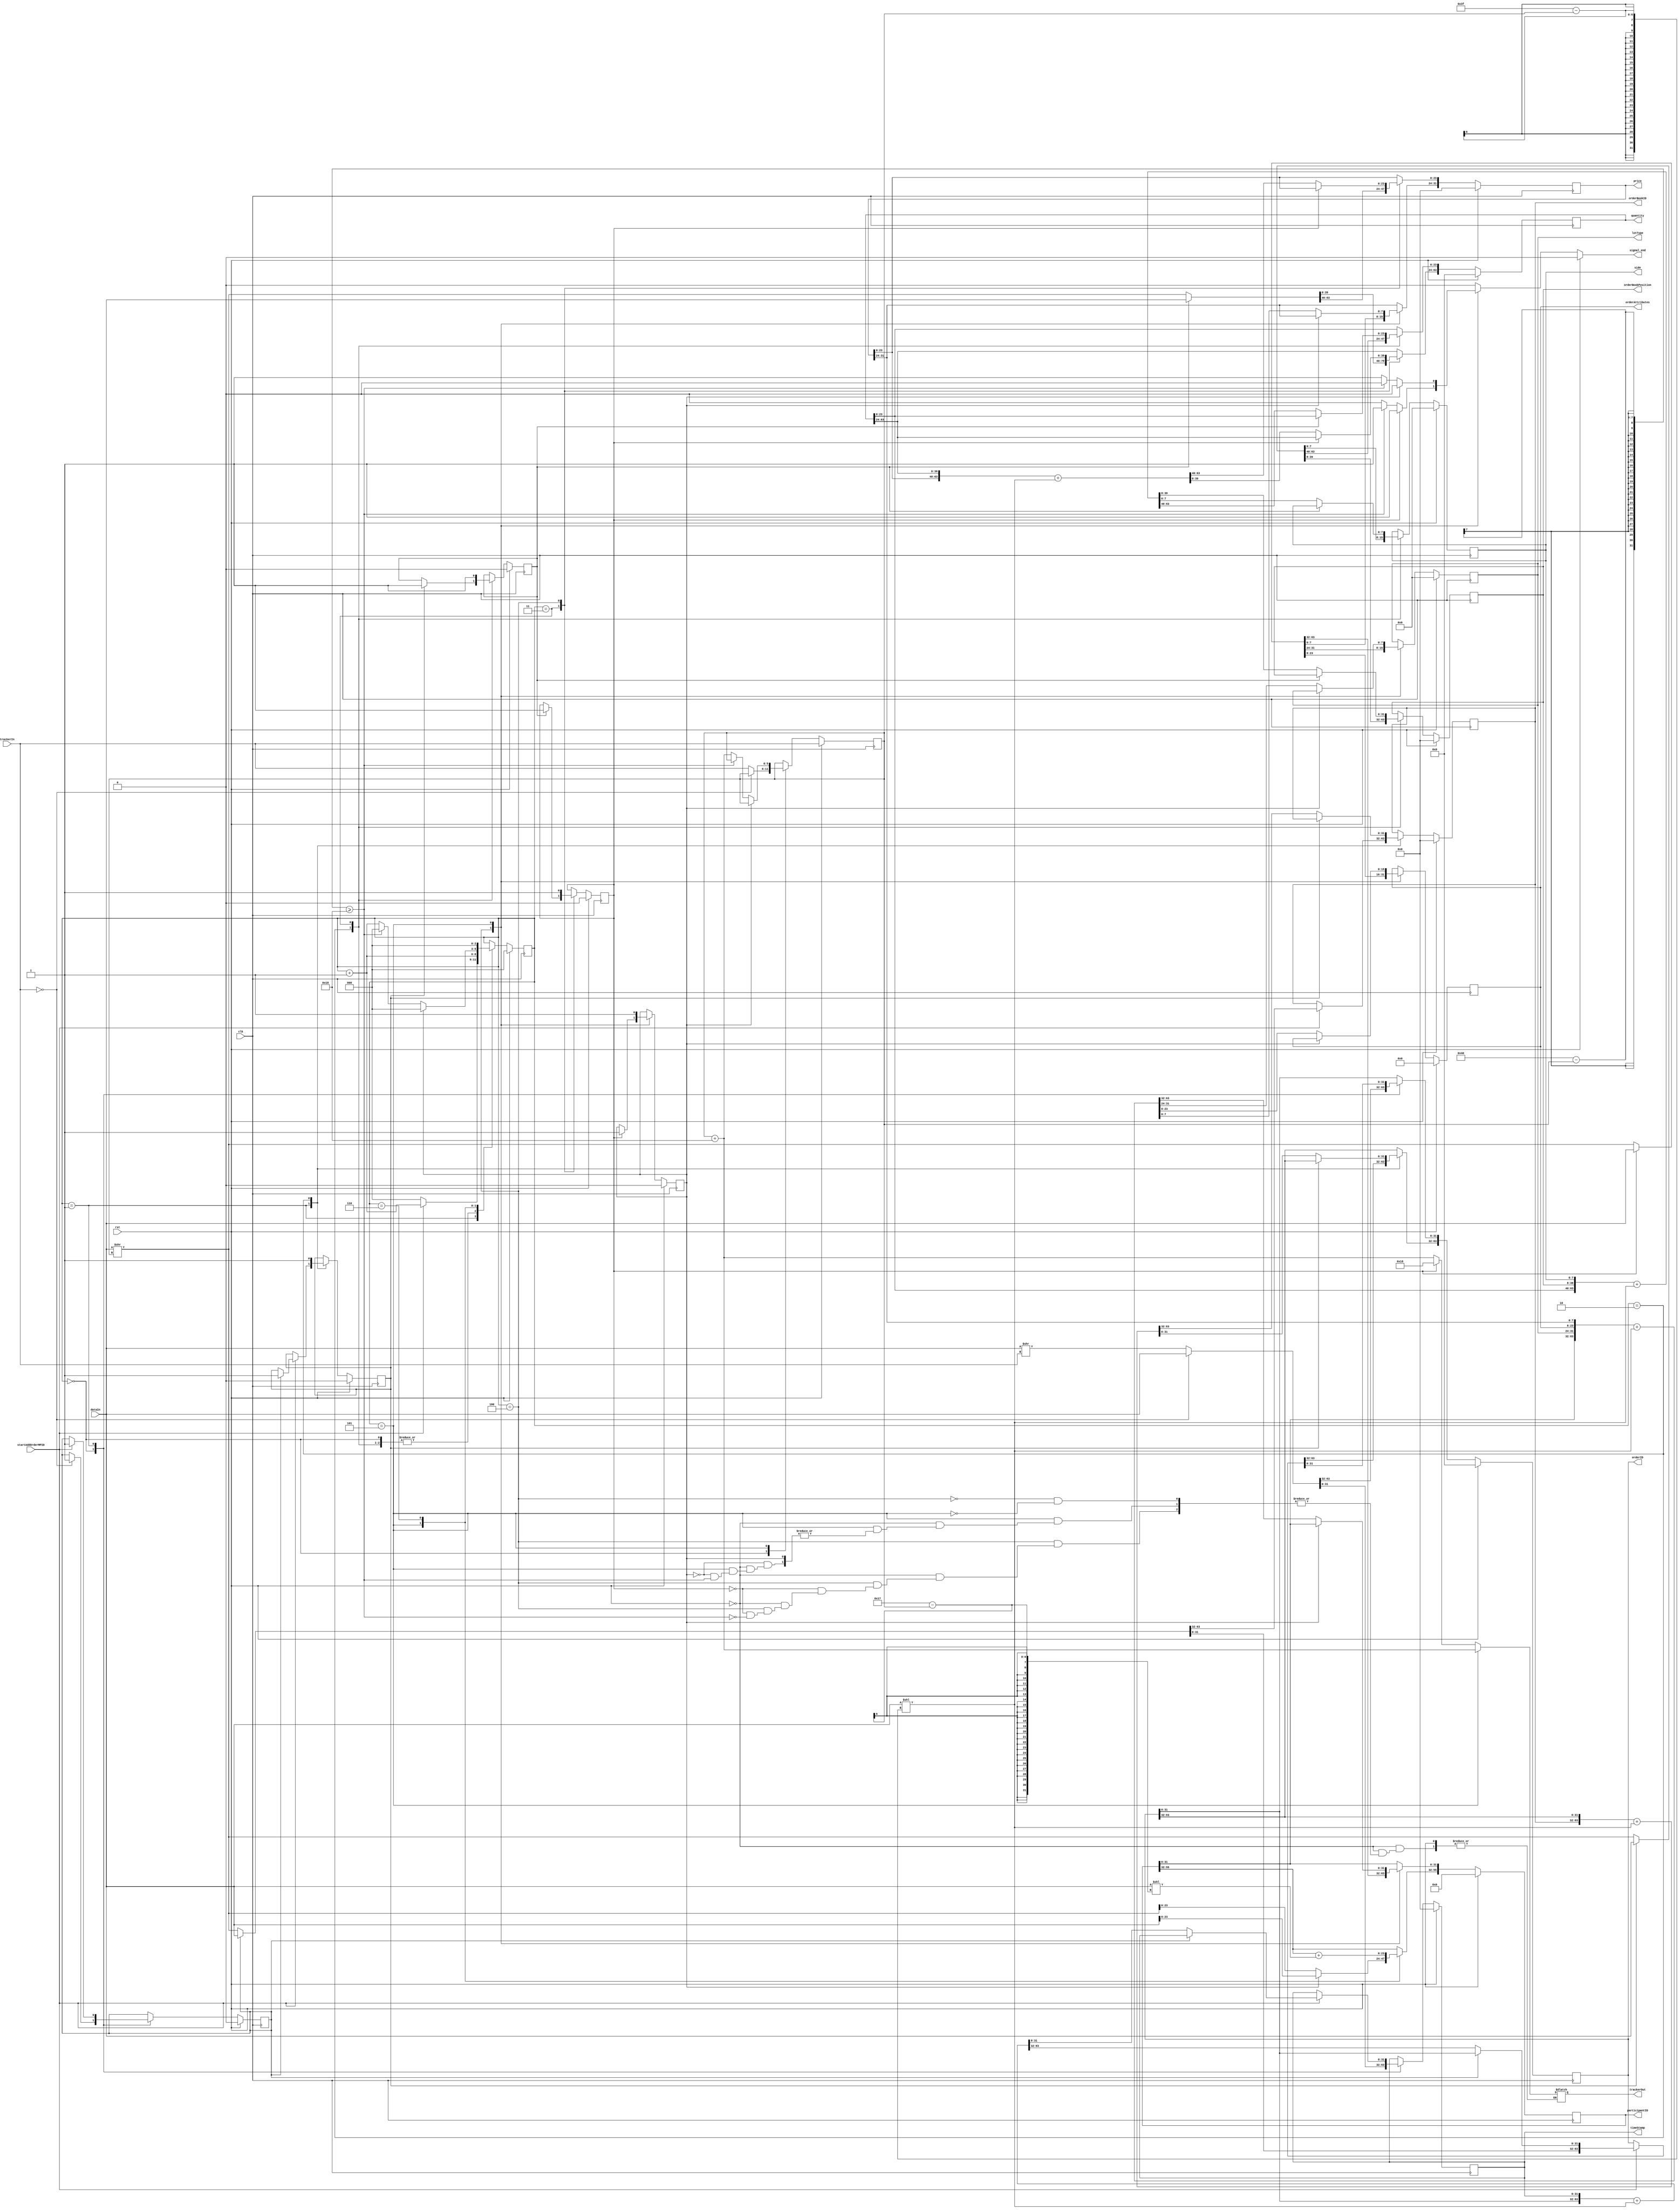
module addOrderMPIDparser ( // always signal to end one clock cycle before actual END. also assign trackerOut one cycle before actual END.
    input clk, rst,
    input [63:0] dataIn,
    input startAddOrderMPID,
    input [5:0] trackerIn,
    output reg signal_end,
    output reg [5:0] trackerOut,
    output reg [31:0] timeStamp,
    output reg [63:0] orderID,
    output reg [31:0] orderBookID,
    output reg [7:0] side,
    output reg [31:0] orderBookPosition,
    output reg [63:0] quantity,
    output reg [31:0] price,
    output reg [15:0] orderAttributes,
    output reg [7:0] lotType,
    output reg [55:0] participantID
);
// transition registers
reg [2:0] counter, counterNext;
reg [5:0] tracker, trackerNext;
// field registers
reg [31:0] timeStampNext;
reg [63:0] orderIDNext;
reg [31:0] orderBookIDNext;
reg [7:0] sideNext;
reg [31:0] orderBookPositionNext;
reg [63:0] quantityNext;
reg [31:0] priceNext;
reg [15:0] orderAttributesNext;
reg [7:0] lotTypeNext;
reg [55:0] participantIDNext;
// valid registers
reg timeStampValid, timeStampValidNext;
reg orderIDValid, orderIDValidNext;
reg orderBookIDValid, orderBookIDValidNext;
reg sideValid, sideValidNext;
reg orderBookPositionValid, orderBookPositionValidNext;
reg quantityValid, quantityValidNext;
reg priceValid, priceValidNext;
reg orderAttributesValid, orderAttributesValidNext;
reg lotTypeValid, lotTypeValidNext;
reg participantIDValid, participantIDValidNext;

always @(posedge clk) begin
    // transition registers
    tracker <= trackerNext;
    counter <= counterNext;
    // field registers
    timeStamp <= timeStampNext;
    orderID <= orderIDNext;
    orderBookID <= orderBookIDNext;
    side <= sideNext;
    orderBookPosition <= orderBookPositionNext;
    quantity <= quantityNext;
    price <= priceNext;
    orderAttributes <= orderAttributesNext;
    lotType <= lotTypeNext;
    participantID <= participantIDNext;
    // valid registers
    timeStampValid <= timeStampValidNext;
    orderIDValid <= orderIDValidNext;
    orderBookIDValid <= orderBookIDValidNext;
    sideValid <= sideValidNext;
    orderBookPositionValid <= orderBookPositionValidNext;
    quantityValid <= quantityValidNext;
    priceValid <= priceValidNext;
    orderAttributesValid <= orderAttributesValidNext;
    lotTypeValid <= lotTypeValidNext;
    participantIDValid <= participantIDValidNext;
end

always @* begin
    // transition registers
    trackerNext = tracker;
    counterNext = counter;
    signal_end = 0;
    // field registers
    timeStampNext = timeStamp;
    orderIDNext = orderID;
    orderBookIDNext = orderBookID;
    sideNext = side;
    orderBookPositionNext = orderBookPosition;
    quantityNext = quantity;
    priceNext = price;
    orderAttributesNext = orderAttributes;
    lotTypeNext = lotType;
    participantIDNext = participantID;
    // valid registers
    timeStampValidNext = timeStampValid;
    orderIDValidNext = orderIDValid;
    orderBookIDValidNext = orderBookIDValid;
    sideValidNext = sideValid;
    orderBookPositionValidNext = orderBookPositionValid;
    quantityValidNext = quantityValid;
    priceValidNext = priceValid;
    orderAttributesValidNext = orderAttributesValid;
    lotTypeValidNext = lotTypeValid;
    participantIDValidNext = participantIDValid;

    if (rst) begin
        // transition registers
        counterNext = 0;
        trackerNext = trackerIn;
        signal_end = 0;
        // field registers
        timeStampNext = 32'h0;
        orderIDNext = 64'h0;
        orderBookIDNext = 32'h0;
        sideNext = 0;
        orderBookPositionNext = 32'h0;
        quantityNext = 64'h0;
        priceNext = 32'h0;
        orderAttributesNext = 16'h0;
        lotTypeNext = 0;
        participantIDNext = 0;
    // valid registers
        timeStampValidNext = 0;
        orderIDValidNext = 0;
        orderBookIDValidNext = 0;
        sideValidNext = 0;
        orderBookPositionValidNext = 0;
        quantityValidNext = 0;
        priceValidNext = 0;
        orderAttributesValidNext = 0;
        lotTypeValidNext = 0;
        participantIDValidNext = 0;
    end else begin
        case (counter)
            0:begin
                if (trackerIn == 0) begin
                    {orderIDNext[31:0], timeStampNext} = dataIn;
                    timeStampValidNext = 1;
                end
                else begin
                    {orderIDNext[31:0], timeStampNext} = dataIn >> trackerIn;
                    trackerNext = trackerIn;
                end
                counterNext = counter + 1;
            end
            1: begin
                if(startAddOrderMPID) begin
                    if (timeStampValid) begin
                        {orderBookIDNext, orderIDNext[63:32]} = dataIn;
                        orderIDValidNext = 1;
                        orderBookIDValidNext = 1;
                    end
                    else begin
                        {orderIDNext[31:0], timeStampNext} = {orderID[31:0], timeStamp} + (dataIn << (64-1-tracker));
                        timeStampValidNext = 1;
                        {orderBookIDNext, orderIDNext[63:32]} = dataIn >> tracker;
                    end
                    counterNext = counter + 1;
                end
                else begin
                    counterNext = 0;
                end
            end
            2: begin
                if (orderIDValid) begin
                    {quantityNext[23:0], orderBookPositionNext, sideNext} = dataIn;
                    sideValidNext = 1;
                    orderBookPositionValidNext = 1;
                end
                else begin
                    {orderBookIDNext, orderIDNext[63:32]} = {orderBookID, orderID[63:32]} + (dataIn << (64-1-tracker));
                    orderIDValidNext = 1;
                    orderBookIDValidNext = 1;
                    {quantityNext[23:0], orderBookPositionNext, sideNext} = dataIn >> tracker;
                end
                counterNext = counter + 1;
            end
            3: begin
                if (sideValid) begin
                    {priceNext[23:0], quantityNext[63:24]} = dataIn;
                    quantityValidNext = 1;
                end
                else begin
                    {quantityNext[23:0], orderBookPositionNext, sideNext} = {quantity[23:0], orderBookPosition, side} + (dataIn << (64-1-tracker));
                    sideValidNext = 1;
                    orderBookPositionValidNext = 1;
                    {priceNext[23:0], quantityNext[63:24]} = dataIn >> tracker;
                end
                counterNext = counter + 1;
            end
            4: begin
                if (quantityValid) begin
                    {participantIDNext[31:0], lotTypeNext, orderAttributesNext, priceNext[31:24]} = dataIn;
                    priceValidNext = 1;
                    orderAttributesValidNext = 1;
                    lotTypeValidNext = 1;
                    //SIGNAL TO END.
                    trackerOut = 24;
                    signal_end = 1;
                end
                else begin
                    {priceNext[23:0], quantityNext[63:24]} = {price[23:0], quantity[63:24]} + (dataIn << (64-1-tracker));
                    quantityValidNext = 1;
                    {participantIDNext[31:0], lotTypeNext, orderAttributesNext, priceNext[31:24]} = dataIn >> tracker;
                    if (64 - tracker >= 24) begin
                        //SIGNAL TO END.
                        signal_end = 1;
                        trackerOut = tracker + 24;
                    end
                end
                counterNext = counter + 1;
            end
            5: begin
                if (lotTypeValid) begin
                    participantIDNext[55:32] = dataIn;
                    participantIDValidNext = 1;
                    counterNext = 0; //GO TO INITIAL STATE.
                end
                else begin
                    {participantIDNext[31:0], lotTypeNext, orderAttributesNext, priceNext[31:24]} = {participantID[31:0], lotType, orderAttributes, price[31:24]} + (dataIn << (64-1-tracker));
                    priceValidNext = 1;
                    orderAttributesValidNext = 1;
                    lotTypeValidNext = 1;
                    participantIDNext[55:32] = dataIn >> tracker;
                    if (64 - tracker >= 24) begin
                        participantIDValidNext = 1;
                        counterNext = 0; //GO TO INITIAL STATE.
                    end
                    else begin
                        trackerNext = tracker + 24;
                        counterNext = counter + 1;
                        //SIGNAL TO END.
                        signal_end = 1;
                        trackerOut = tracker + 24;
                    end
                end
            end
            6: begin
                participantIDNext[55:32] = participantID[55:32] + (dataIn << (24-1-tracker));
                participantIDValidNext = 1;
                counterNext = 0; //GO TO INITIAL STATE.
            end   
        endcase
    end
end
    
endmodule